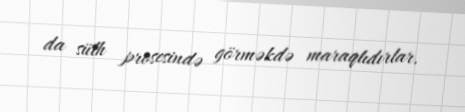
da sülh prosesində görməkdə maraqlıdırlar.